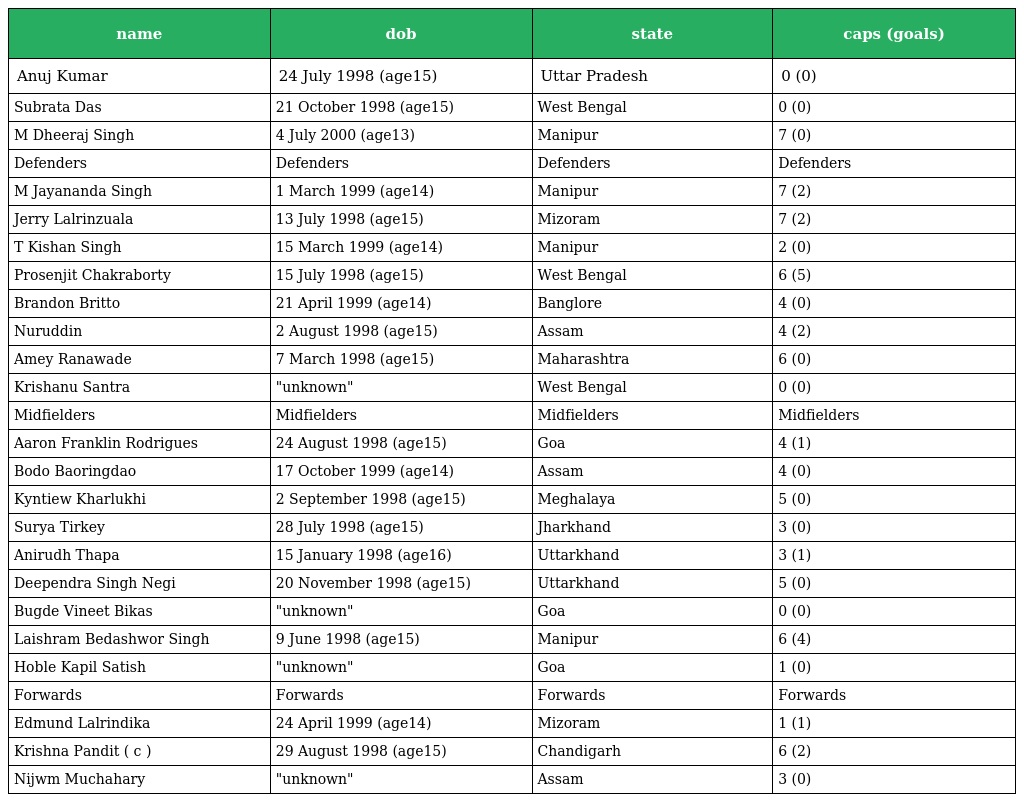
| name | dob | state | caps (goals) |
 | --- | --- | --- | --- |
 | Anuj Kumar | 24 July 1998 (age15) | Uttar Pradesh | 0 (0) |
 | Subrata Das | 21 October 1998 (age15) | West Bengal | 0 (0) |
 | M Dheeraj Singh | 4 July 2000 (age13) | Manipur | 7 (0) |
 | Defenders | Defenders | Defenders | Defenders |
 | M Jayananda Singh | 1 March 1999 (age14) | Manipur | 7 (2) |
 | Jerry Lalrinzuala | 13 July 1998 (age15) | Mizoram | 7 (2) |
 | T Kishan Singh | 15 March 1999 (age14) | Manipur | 2 (0) |
 | Prosenjit Chakraborty | 15 July 1998 (age15) | West Bengal | 6 (5) |
 | Brandon Britto | 21 April 1999 (age14) | Banglore | 4 (0) |
 | Nuruddin | 2 August 1998 (age15) | Assam | 4 (2) |
 | Amey Ranawade | 7 March 1998 (age15) | Maharashtra | 6 (0) |
 | Krishanu Santra | "unknown" | West Bengal | 0 (0) |
 | Midfielders | Midfielders | Midfielders | Midfielders |
 | Aaron Franklin Rodrigues | 24 August 1998 (age15) | Goa | 4 (1) |
 | Bodo Baoringdao | 17 October 1999 (age14) | Assam | 4 (0) |
 | Kyntiew Kharlukhi | 2 September 1998 (age15) | Meghalaya | 5 (0) |
 | Surya Tirkey | 28 July 1998 (age15) | Jharkhand | 3 (0) |
 | Anirudh Thapa | 15 January 1998 (age16) | Uttarkhand | 3 (1) |
 | Deependra Singh Negi | 20 November 1998 (age15) | Uttarkhand | 5 (0) |
 | Bugde Vineet Bikas | "unknown" | Goa | 0 (0) |
 | Laishram Bedashwor Singh | 9 June 1998 (age15) | Manipur | 6 (4) |
 | Hoble Kapil Satish | "unknown" | Goa | 1 (0) |
 | Forwards | Forwards | Forwards | Forwards |
 | Edmund Lalrindika | 24 April 1999 (age14) | Mizoram | 1 (1) |
 | Krishna Pandit ( c ) | 29 August 1998 (age15) | Chandigarh | 6 (2) |
 | Nijwm Muchahary | "unknown" | Assam | 3 (0) |